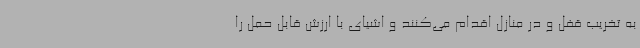
به تخریب قفل و در منازل اقدام می‌کنند و اشیای با ارزش قابل حمل را